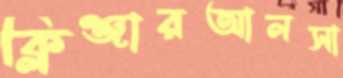
ক্লিঞ্জারআলসা